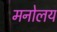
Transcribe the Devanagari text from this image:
मनोलय